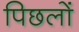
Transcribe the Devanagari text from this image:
पिछलों